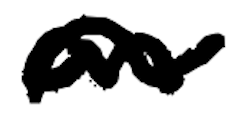
Text: an
Cross-out: mix
Writing tool: digital_black